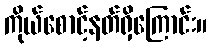
ကိုယ်စောင့်နတ်ရှိကြောင်း။